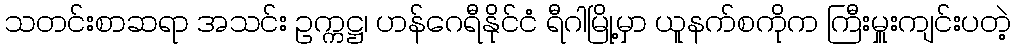
သတင်းစာဆရာ အသင်း ဥက္ကဋ္ဌ၊ ဟန်ဂေရီနိုင်ငံ ရီဂါမြို့မှာ ယူနက်စကိုက ကြီးမှူးကျင်းပတဲ့